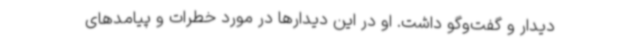
دیدار و گفت‌وگو داشت. او در این دیدارها در مورد خطرات و پیامدهای